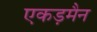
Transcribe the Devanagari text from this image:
एकड़मैन